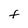
Character: F